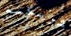
شريكته